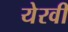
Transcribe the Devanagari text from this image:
येरवी